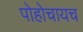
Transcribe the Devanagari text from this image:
पोहोचायच